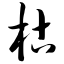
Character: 枯